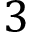
3